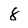
Character: 8